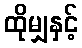
ထိုမျှနှင့်